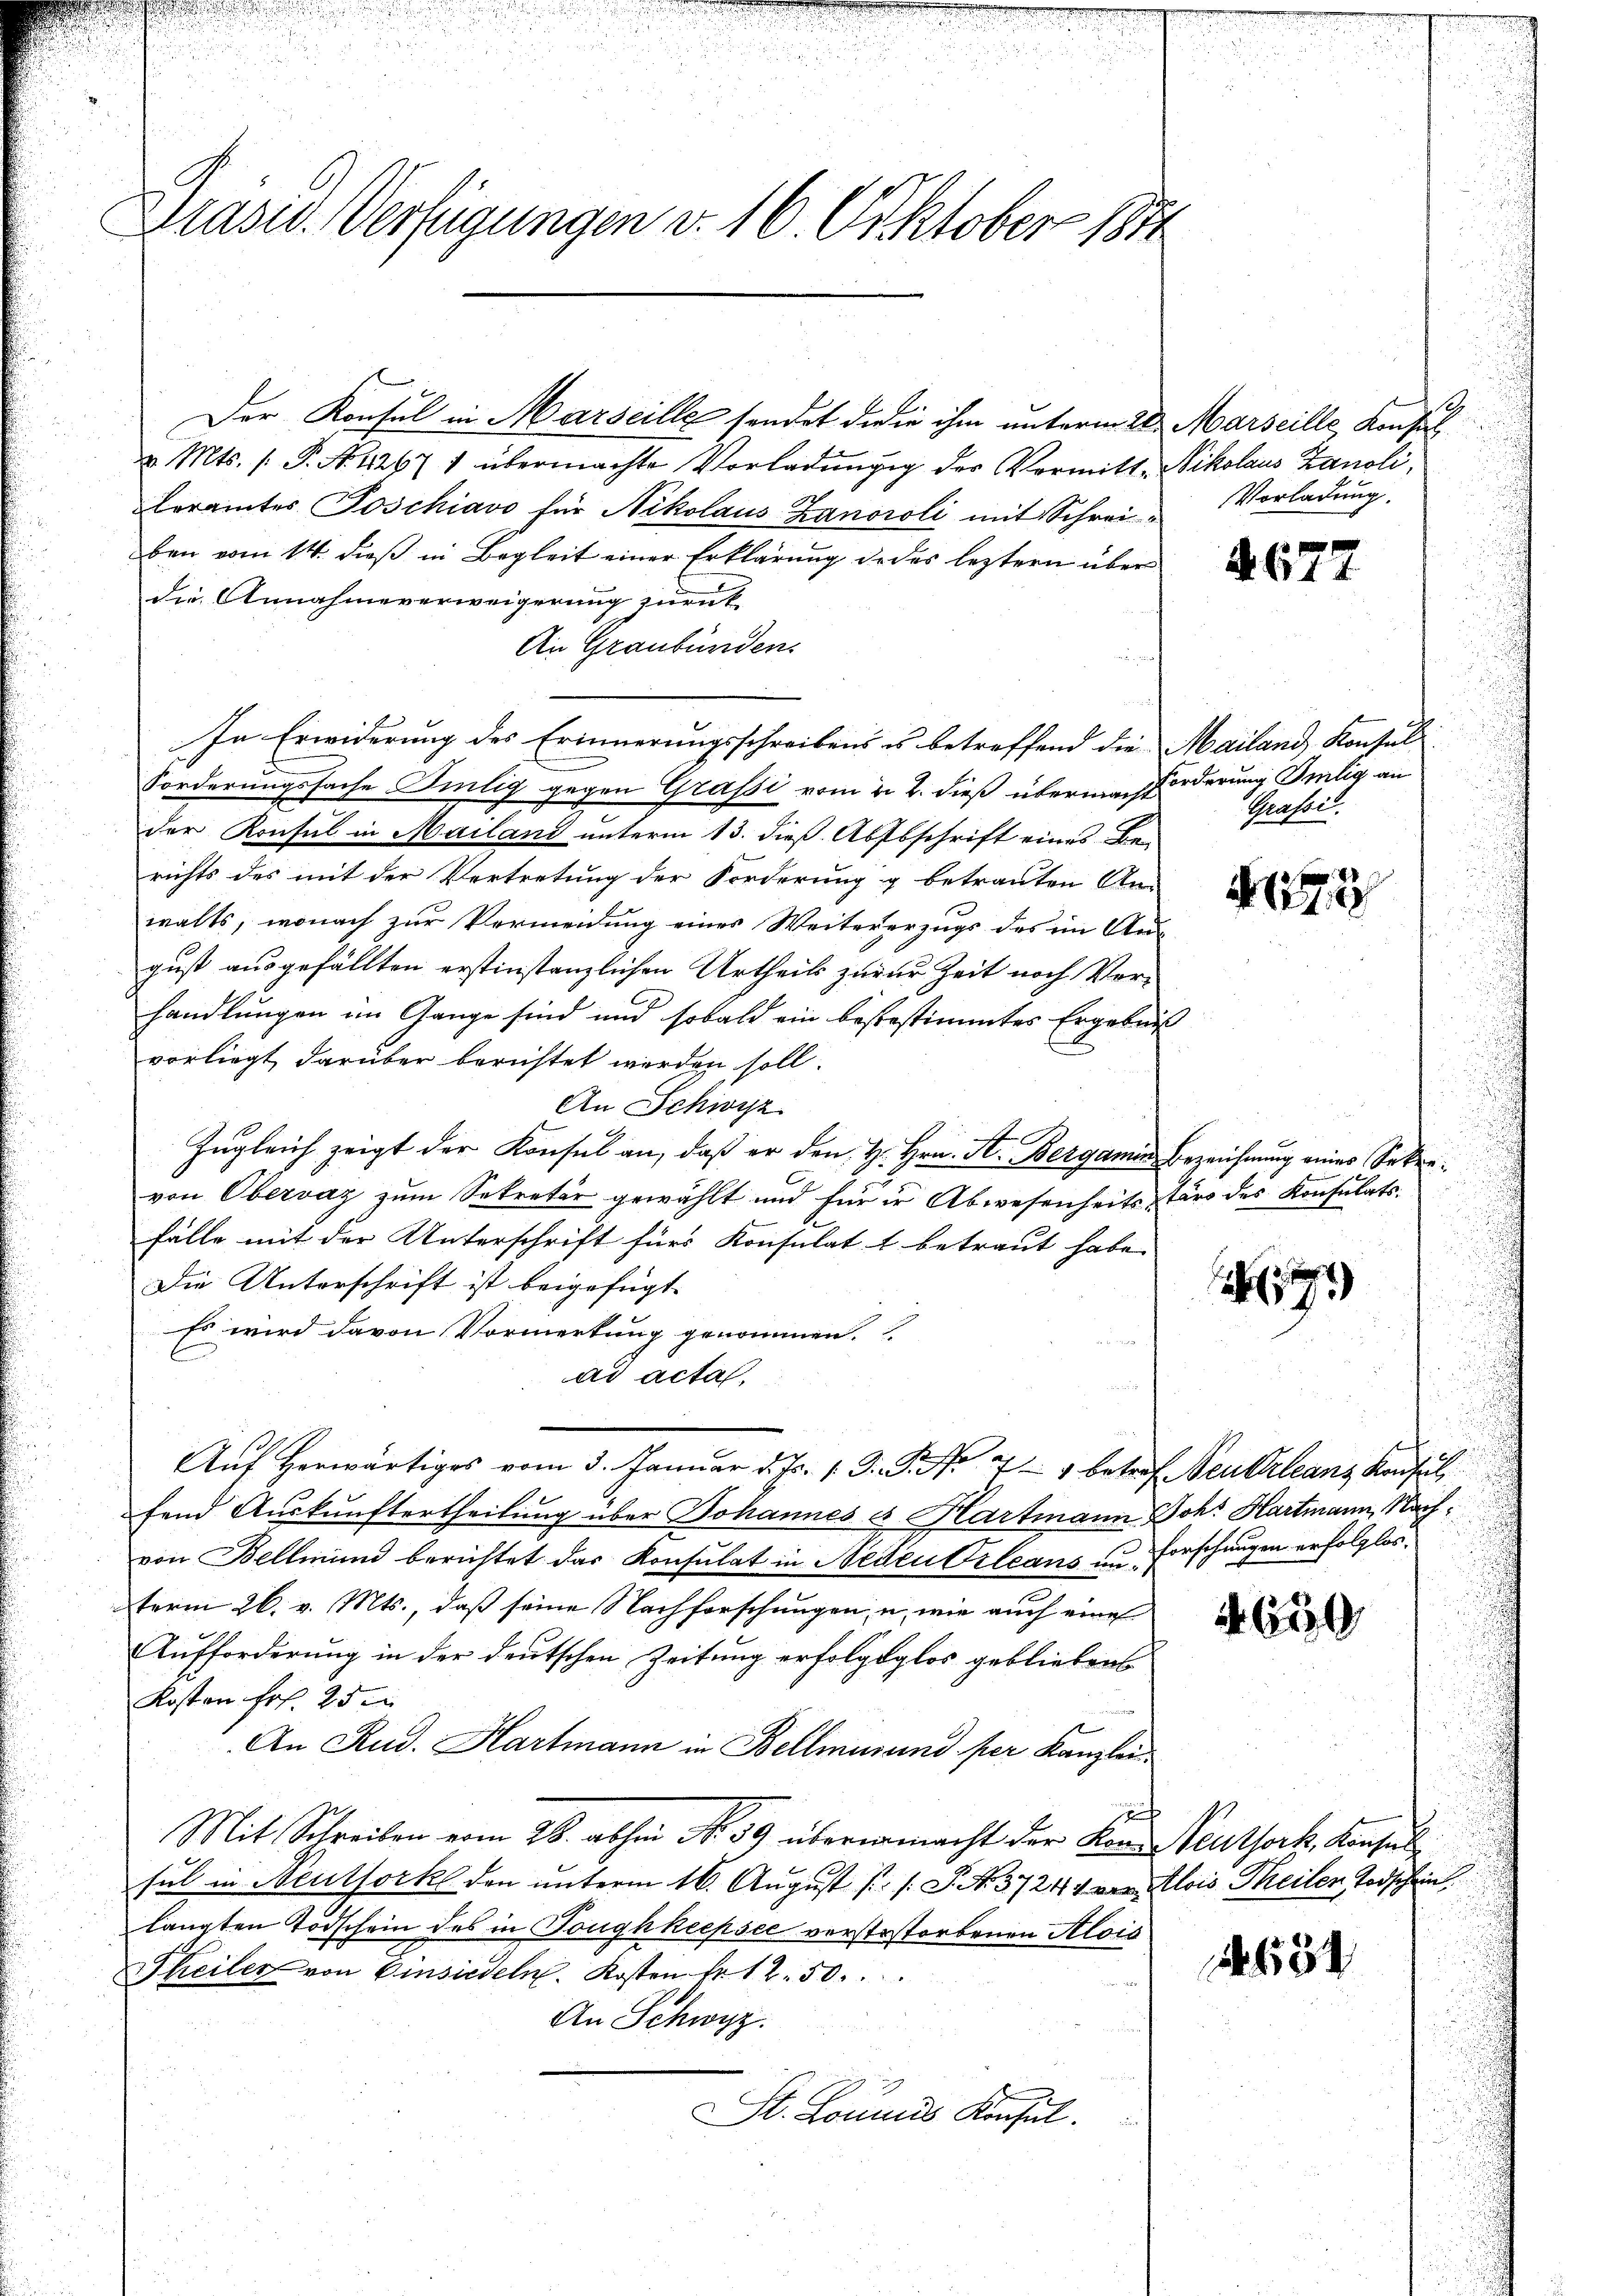
Präsid. Verfügungen v. 16 Oktober 1871

Der Konsul in Marseille sondet die in ihm unterm 20. Marseille, Konsul
v. Mts. /: P. No. 42671 übermachte Vorladŭngig der Vermitte
Ceramtes Poschiavo für Nikolaus Zanoroli mit Schreiben vom 14. dieß in Begleit einer Erklärung dedes leztern über
die Annahmeverweigerung zurück
An Graubünden.
In Erwiderung des Erinnerungsschreibens es betreffend die
Forderungssache Silig gegen Grafsi vom 22. dieß übermacht orderung Imlig an
der Konsul in Mailand unterm 13. dieß. Absbschrift eines Be-
richts des mit der Vertretung der Forderung g betrauten An-
walts, wonach zur Vermeidung eines Weitererzugs des im Aus
gust ausgefällten erstinstanzlichen Urtheils zuzur Zeit noch Vorhandlungen im Gange sind und sobald ein bestestimmtes Ergebni
vorliegt darüber berichtet werden soll.
An Schwyz
Zugleich zeigt der Konsul an, daß er den H. Hrn. A. Bergamin
von Obervaz zum Sekretär gewählt und für ir Abwesenheitsstärs des Konsulats-
fälle mit der Unterschrift fürs Konsulat & betraut habe.
Die Unterschrift ist beigefügt.
Es wird davon Vormerkung genommen.
ad acta
Af herwärtig vom 3. Januar d. Js. 1. G. P. Nr. 79 betref Neukrleanz Konsul
fend Auskunftertheilung über Johannes et Hartmann Joh. Hartmann, Nachvon Bellmund berichtet das Konsulat in Neden Orleans um Forschungen erfolglosterm 26. v. Mts., daß seine Nachforschungen, u. wie auch eine
Aufforderung in der deutschen Zeitung erfolgtglos gebliebens
Kosten Fr. 25
An Rud. Hartmann in Bellmusund per Kanzlei
d
Mit Schreiben vom 28. abhin No. 59 übermacht der Komentsock, Konsul
sul in Neuthork den unterm 16. August (s. S. Nr. 3724, von Alois Theilen Todschein
langten Todschein des in Doughkeepsec verstostorbenen Alois
Theiler von Einsiedeln. Kosten Fr. 12. 50.
An Schwyz.
St. Loumus Konsul

.
Nikolaus Kanoli,
Vorladung.

1

. 65

Mailand Konsul
Grassi

8
170

Bezeichnung eines Sekre¬

19

l.
i

2. 650

1654